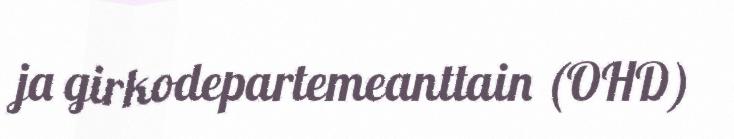
ja girkodepartemeanttain (OHD)